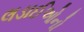
લડાઈઓનો